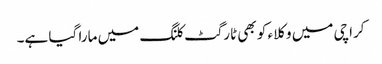
کراچی میں وکلاء کو بھی ٹارگٹ کلنگ میں مارا گیا ہے۔